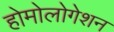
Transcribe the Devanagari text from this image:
होमोलोगेशन